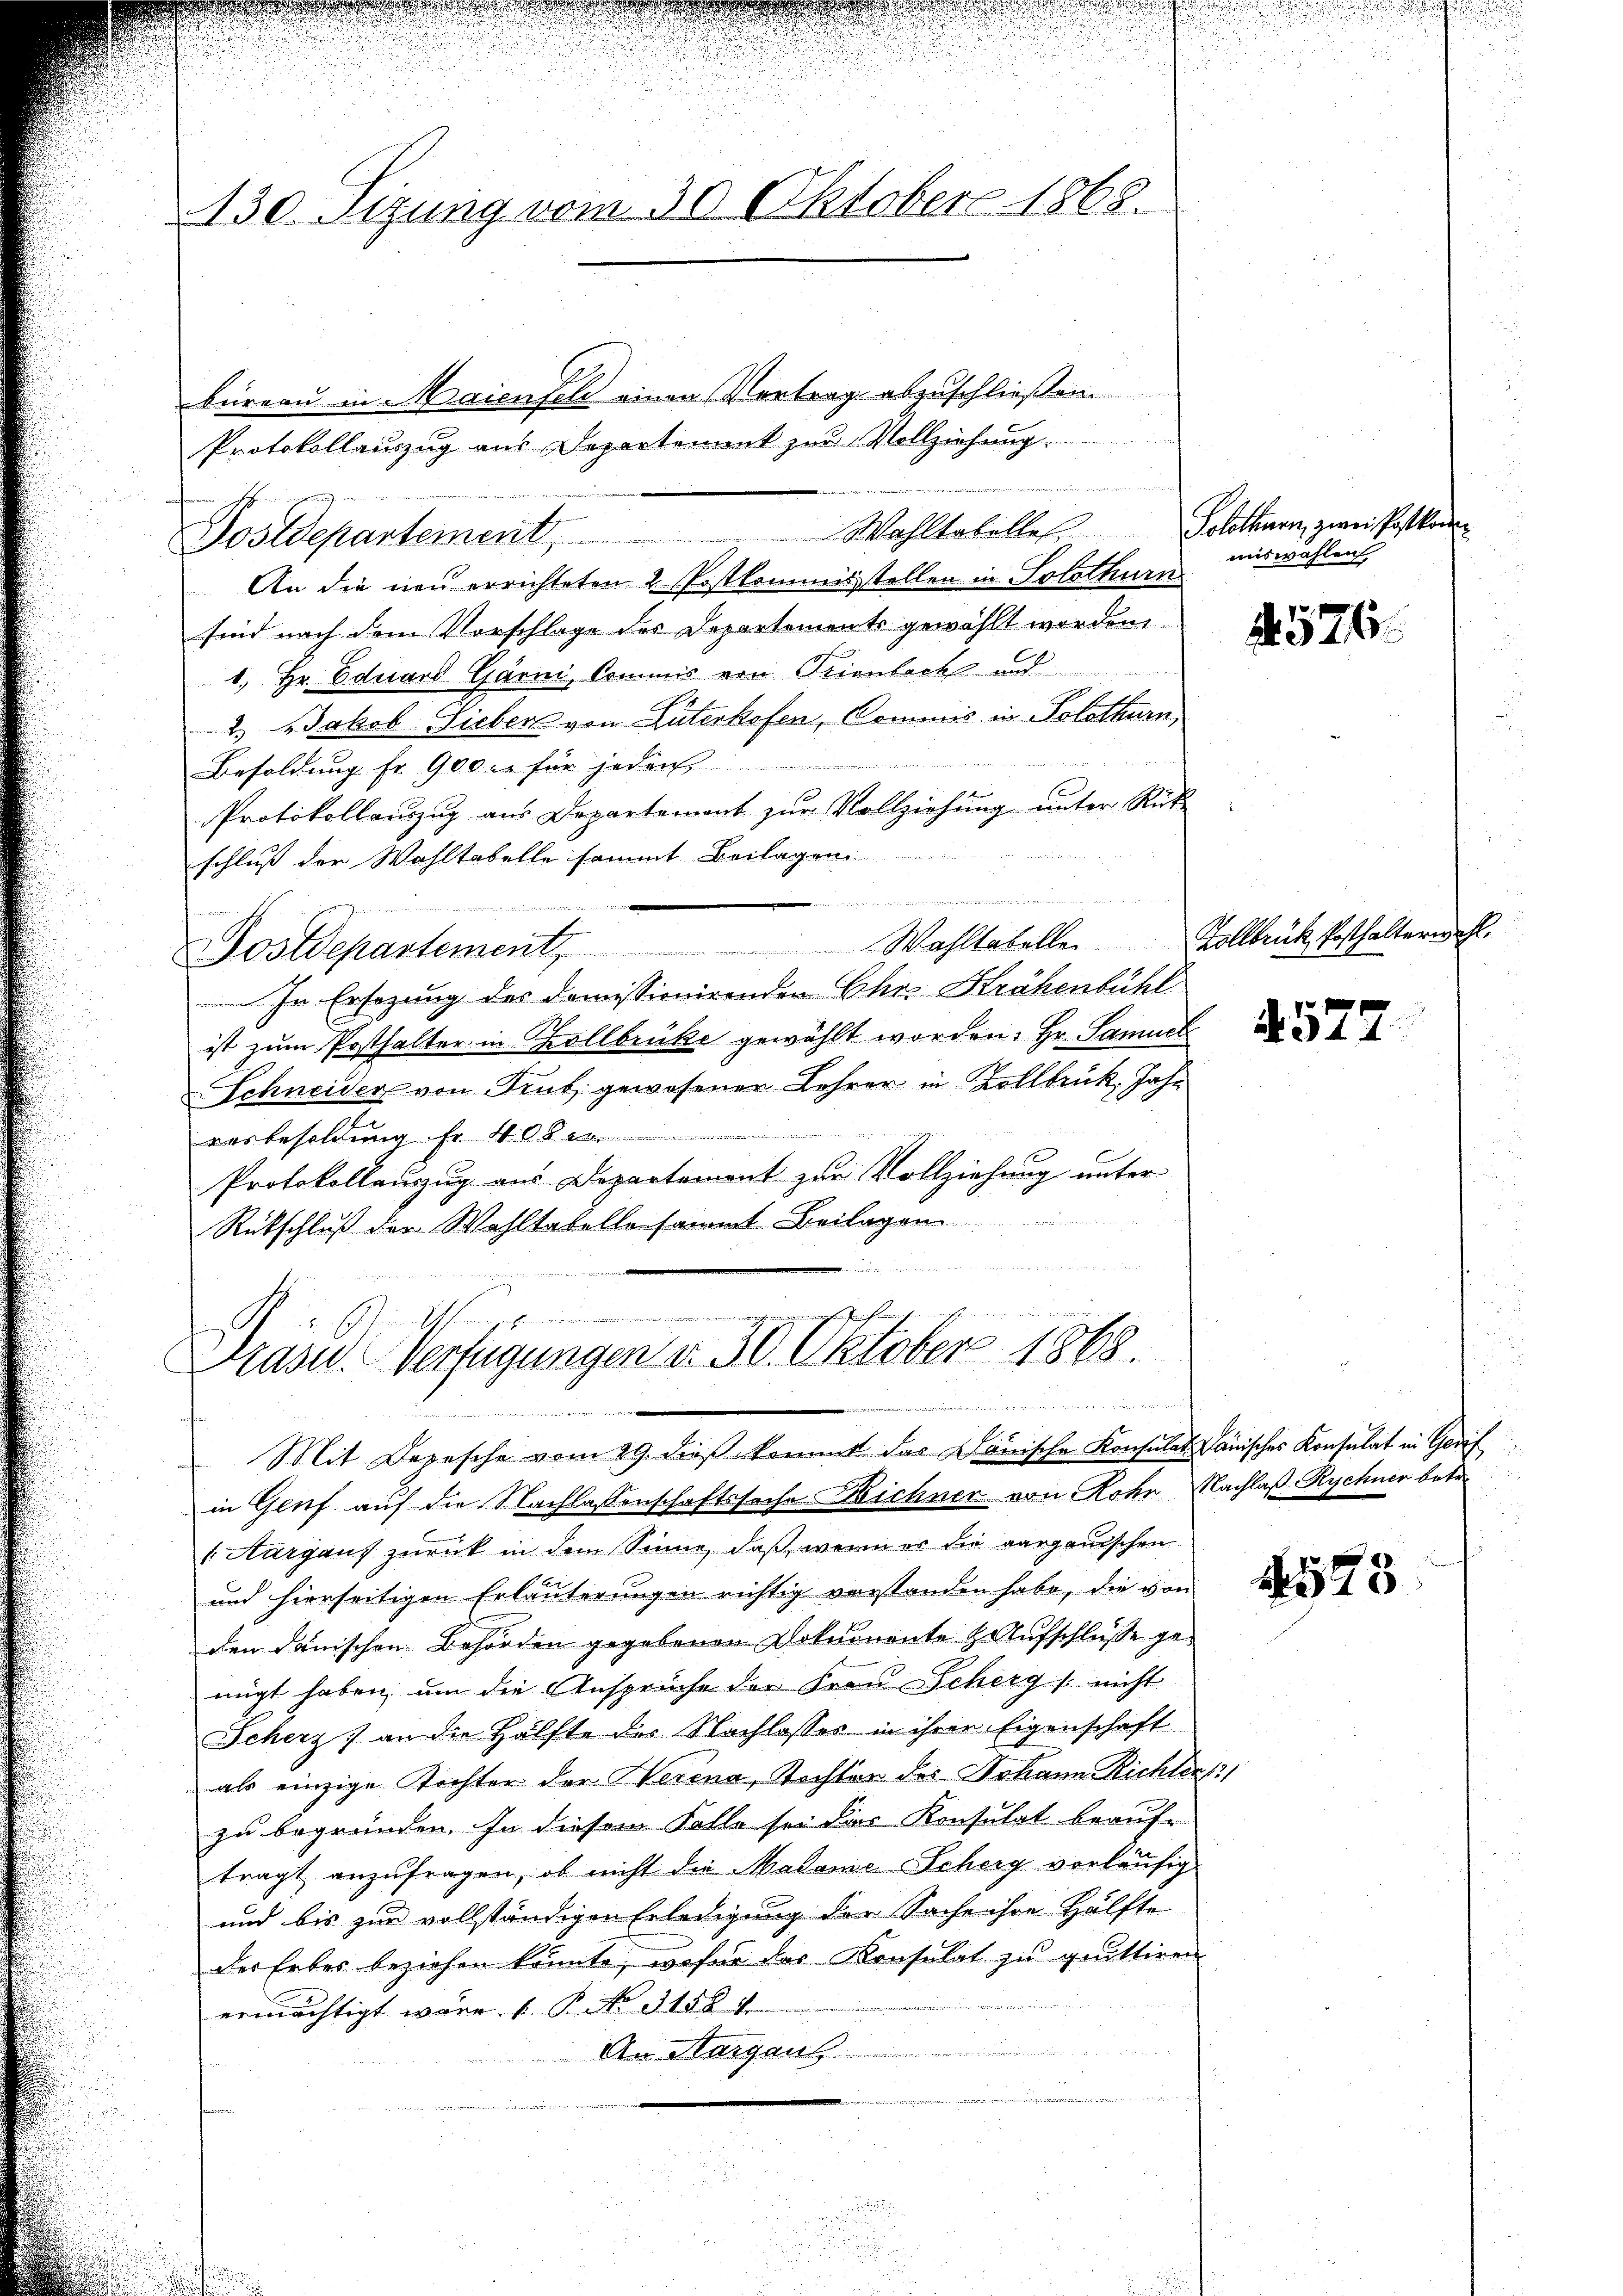
130. Sizung vom 30. Oktober 1868.

Wahltabelles Solothurn, zwei Postkom¬
Postdepartement,
An die neu errichteten 2 Postkommisstellen in Solothurn
sind nach dem Vorschlage des Departements gewählt worden,
1. Hr. Eduard Garni, Commis von Trienbach und
2.) Jakob Sieber von Güterkofen, Commis in Solothurn,
Besoldung fr. 900 l. für je
Protokollauszug aus Departemont zur Vollziehung unter Rück
eingen einen
schluß der Wahltabelle sammt Beilagen
             der Gemeinen
Postdepartement. Wahltabelle Vollbrück, Posthalterwahl
 In Ersezung des Domissionirender Chr. Krähenbühl
ist zum Posthalter in Kollbrücke gewählt worden. Hr. Samuel
Schneider von Trub gewesener Lehrer in Zollbruk, Jahr
ausbesoldung Fr. 408 e
Protokollauszug aus Departement zur Vollziehung unter
Rütschluß der Wohltatelle sammt Beilagen
bich

büreau in Maienfeld einen Vertrag abzuschließen.
Protokollauszug aus Departement zur Vollziehung

Präsid.. Verfügungen d. 30. Oktober 1868.
en

miswahlen,

Mit Depesche vom 29. dieß kommt das Dänische Konsulat danisches Konsulat in Gedif
in Genf auf die Nachlassenschaftssache Dichner von Rohr Nachlaß Rychner betr.
 Aargaus zurück in dem Sinne, daß, wenn er die aargauischen
und hierseitigen Erläuterungen richtig verstanden habe, die von
den danischen Behörden gegebenen Dokumente Haufschlusse gemigt haben, um die Ansprüche der Frau Scherg / nicht
Scherz) an die Hälfte des Nachlasses in ihrer Eigenschaft
als einzige Tochter der Herena, Tochter des Johann Richtert
zu begründen. In diesem Falle sei das Konsulat beauftragt anzufragen, ob nicht die Madame Scherg vorläufig
und bis zur vollständigen Erledigung der Sache ihre Hälfte
der Erbes beziehen könnte, wofür das Konsulat zu gruttiren
ermächtigt wäre. 1 S. No 3458 f
An Aargau

2576.

4577.

2523